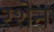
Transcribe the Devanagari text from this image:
रशेन